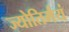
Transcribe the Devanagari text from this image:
ज्योतिर्मयं